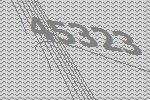
45323